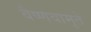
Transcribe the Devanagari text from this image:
वैष्णवामृते